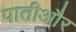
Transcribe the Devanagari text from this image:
पातीऔर